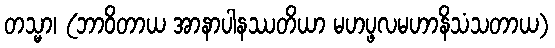
တသ္မာ၊ (ဘာဝိတာယ အာနာပါနဿတိယာ မဟပ္ဖလမဟာနိသံသတာယ)